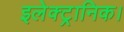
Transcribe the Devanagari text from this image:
इलेक्ट्रानिक।